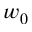
w _ { 0 }